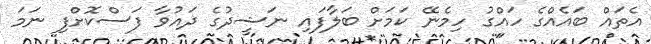
އެތައް ބައެއްގެ ހައްގު ހިމެނޭ ކަމަށް ބަލާފައި ނަޝީދުގެ ދައުވާ ފަސްކޮށްފި ނަމަ